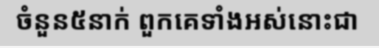
ចំនួន៥នាក់ ពួកគេទាំងអស់នោះជា